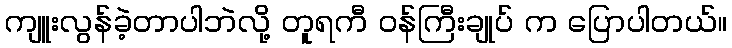
ကျူးလွန်ခဲ့တာပါဘဲလို့ တူရကီ ဝန်ကြီးချုပ် က ပြောပါတယ်။